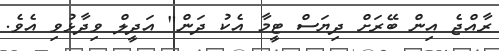
ރާއްޖެ އިން ބޭރަށް ދިޔަސް ޓީމާ އެކު ދަން" އަދީލް ވިދާޅުވި އެވެ.